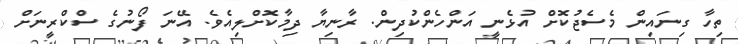
ތިހާ ގިނައިން މެސެޖުކޮށް އުޅެނީ އަންހެންކުދިން. ރާނިޔާ ދިމާކޮށްލިއެވެ. އޭނަ ފޯނުގެ ސްކްރީނަށް